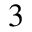
_ { 3 }